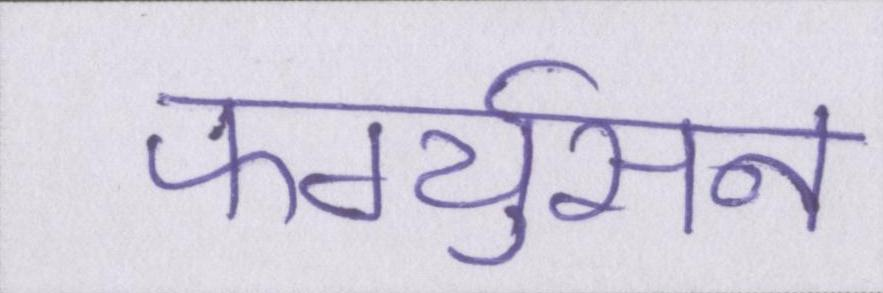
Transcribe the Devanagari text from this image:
फर्ग्युसन